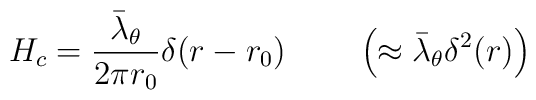
H_c =\frac{\bar{\lambda}_{\theta}}{2\pi r_{0}}\delta(r-r_0 ) \hskip 25pt \left(\approx \bar{\lambda}_{\theta}\delta^2 (r)\right)